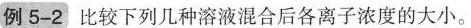
例5-2 比较下列几种溶液混合后各离子浓度的大小。